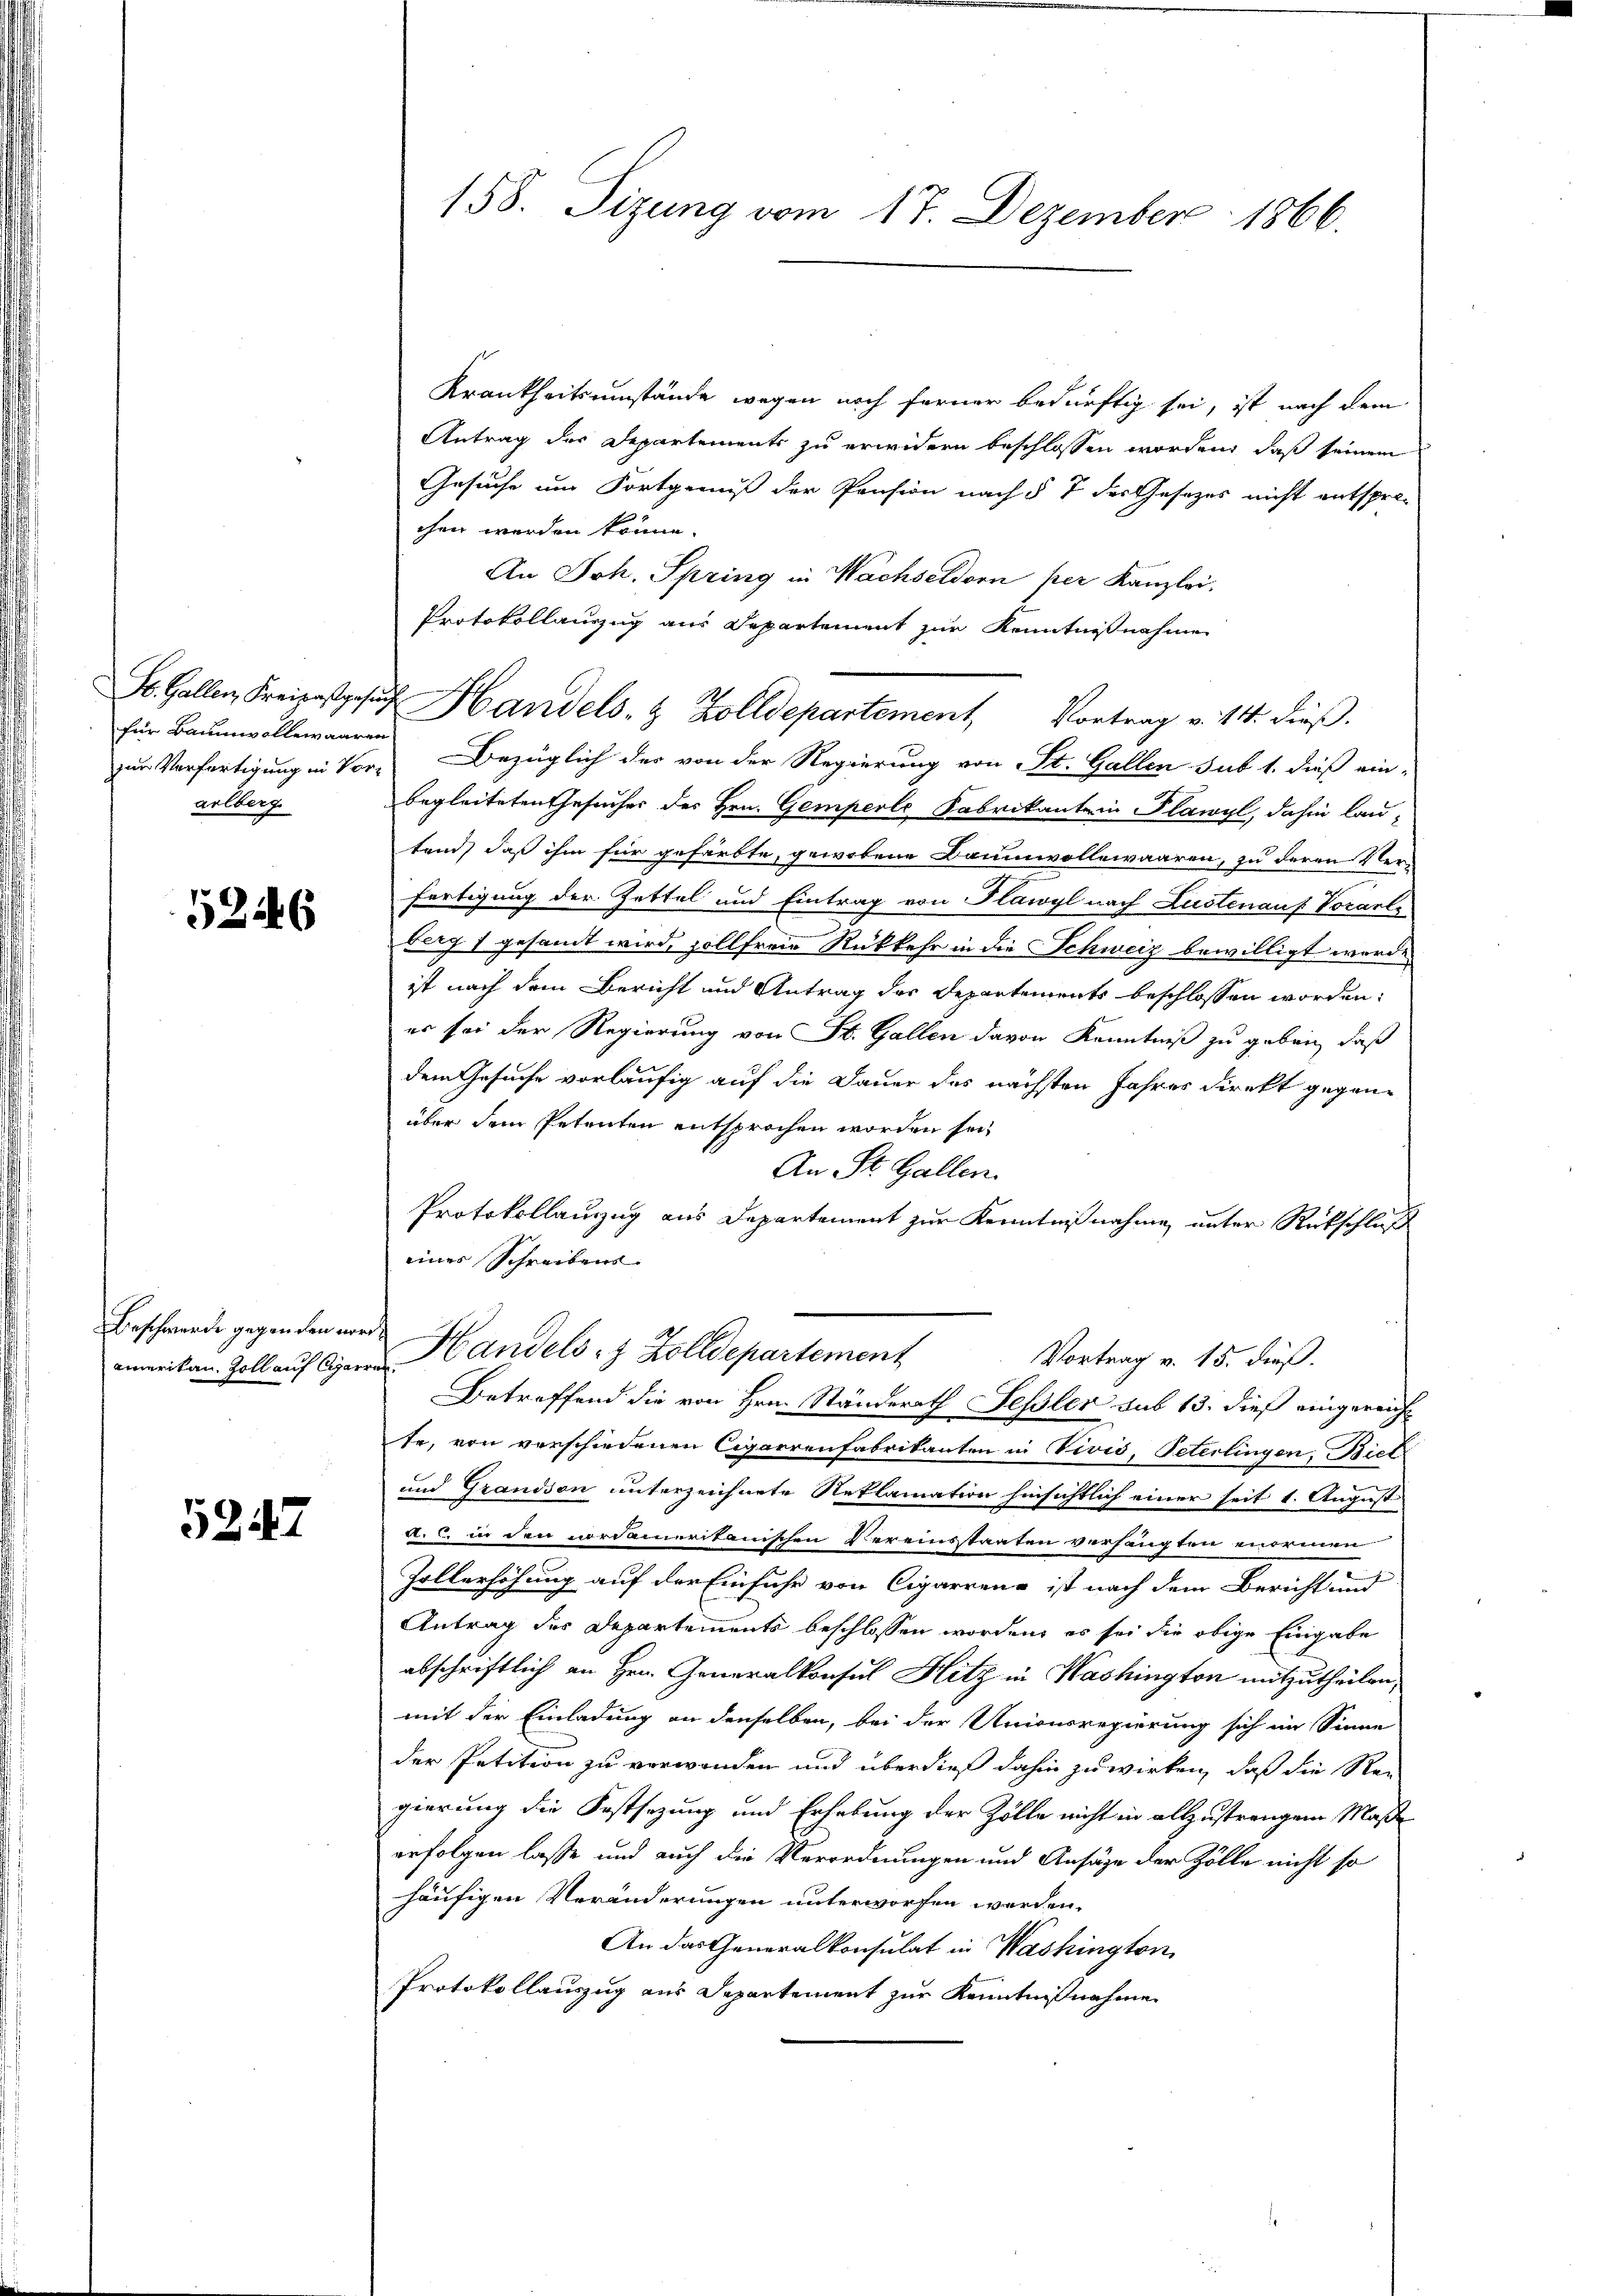
für Baumwollewaaren
arlberg.

5246

amerikan. Zoll auf Carran

5247

Krankheitsumstände wegen noch ferner bedürftig sei, ist nach dem
Antrag des Departements zu erwidern beschlossen worden, daß seinem
Gesuche um Fortgewiß der Pension nach § 7 der Gesetzes nicht entspre-
chen werden könne.
An Joh. Spring in Wachseldorn per Kanzlei.
Protokollauszug aus Departement zur Kenntnißnahme
zur Verfertigung in Vor- Bezüglich der von der Regierung von St. Gallen sub 1. dieß ein-
begleiteten Gesucher des Hrn. Gemperte Fabrikante in Plawyl, dahin lau-
tend, daß ihm für gefärbte, gewobene Baumwollewaaren, zu deren Verfertigung der Zettel und Eintrag von Plawyl nach Lustenauf Vorarle
berg 1 gesandt wird, sollfreie Rückkehr in die Schweiz bewilligt worde
ist nach dem Bericht und Antrag des Departements beschlossen worden.
er sei der Regierung von St. Gallen davon Kenntniß zu geben, daß
dem Gesuche vorläufig auf die Dauer des nächsten Jahres direkt gegenüber dem Petenten entsprochen worden sei,
An St. Gallen.
Protokollauszug aus Departement zur Kenntnißnahme unter Rückschluß
eines Schreibens.
Beschwerde gegenden wird Handelst Zolldepartement
Vortrag v. 15. dieß.
Betreffend die von Hrn. Ständerath Fessler aus 13. dieß eingereicht
te, von verschiedenen Cigarrenfabrikanten in Vivis, Peterlingen, Biet
und Grandson unterzeichnete Reklamation hinsichtlich einer seit 1. August
a. c. in den nordameritanischen Vereinstaaten verhängten enormen
Zollerhöhung auf der Einfuhr von Cigarrenz ist nach dem Bericht und
Antrag des Departements beschlossen worden, es sei die obige Eingabe
abschriftlich an Hrn. Generalkonsul Hitz in Washington mitzutheilen,
mit der Einladung an denselben, bei der Unionsregierung sich im Sinne
der Petition zu verwenden und überdieß dahin zuwirken, daß die Re-
gierung die Festsezung und Erhebung der Zölle nicht in allzustrangene Maß
erfolgen lasse und auch die Verordnungen und Ansäge der Zölle nicht so
häufigen Veränderungen unterworfen worden.
An das Generalkonsulat in Washington,
Protokollauszug aus Departement zur Kenntnißnahme

158. Sizung vom 17. Dezember 1866.

S. Gallen, Freizestgesuch Handels- & Zolldepartement, Vortrag v. 14. dieß.